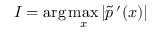
I = \arg \operatorname* { m a x } _ { x } | \tilde { p } \, ^ { \prime } ( x ) |